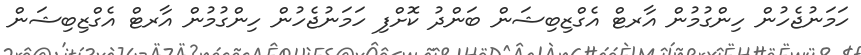
ހަމަނުޖެހުން ހިންގުމުން އާރޓް އެގްޒިބިޝަން ބަންދު ކޮށްފި ހަމަނުޖެހުން ހިންގުމުން އާރޓް އެގްޒިބިޝަން